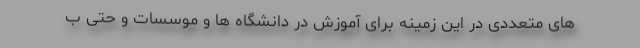
های متعددی در این زمینه برای آموزش در دانشگاه ها و موسسات و حتی ب